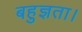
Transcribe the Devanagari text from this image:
बहुज्ञता।